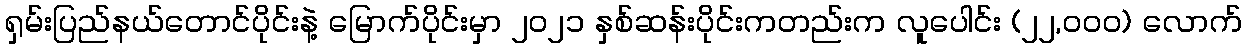
ရှမ်းပြည်နယ်တောင်ပိုင်းနဲ့ မြောက်ပိုင်းမှာ ၂၀၂၁ နှစ်ဆန်းပိုင်းကတည်းက လူပေါင်း (၂၂,၀၀၀) လောက်